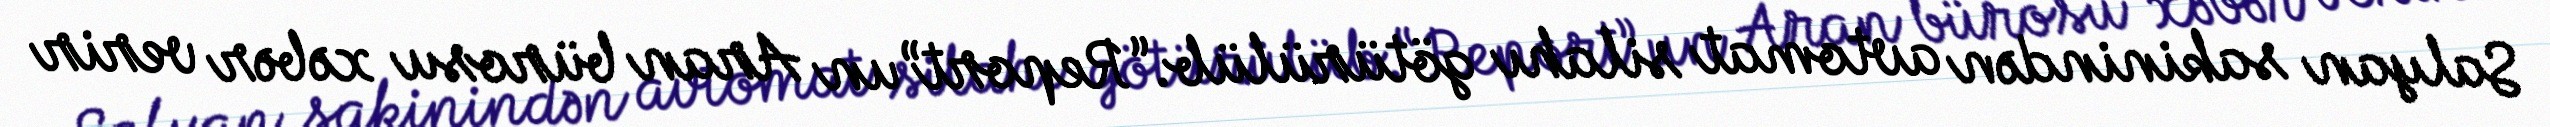
Salyan sakinindən avtomat silahı götürülüb.“Report”un Aran bürosu xəbər verir